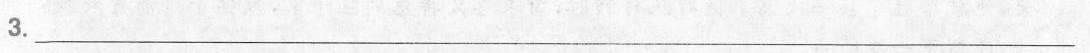
3.___